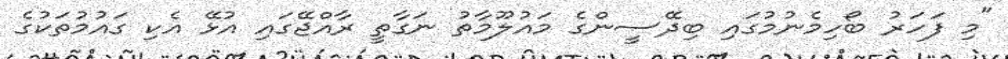
"މި ފަހަރު ބޯހިމެނުމުގައި ބިދޭސީންގެ މައުލޫމާތު ނަގާތީ ރާއްޖޭގައި އުޅޭ އެކި ގައުމުތަކުގެ